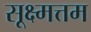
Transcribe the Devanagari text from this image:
सूक्ष्मत्तम